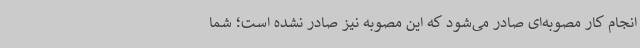
انجام کار مصوبه‌ای صادر می‌شود که این مصوبه نیز صادر نشده است؛ شما